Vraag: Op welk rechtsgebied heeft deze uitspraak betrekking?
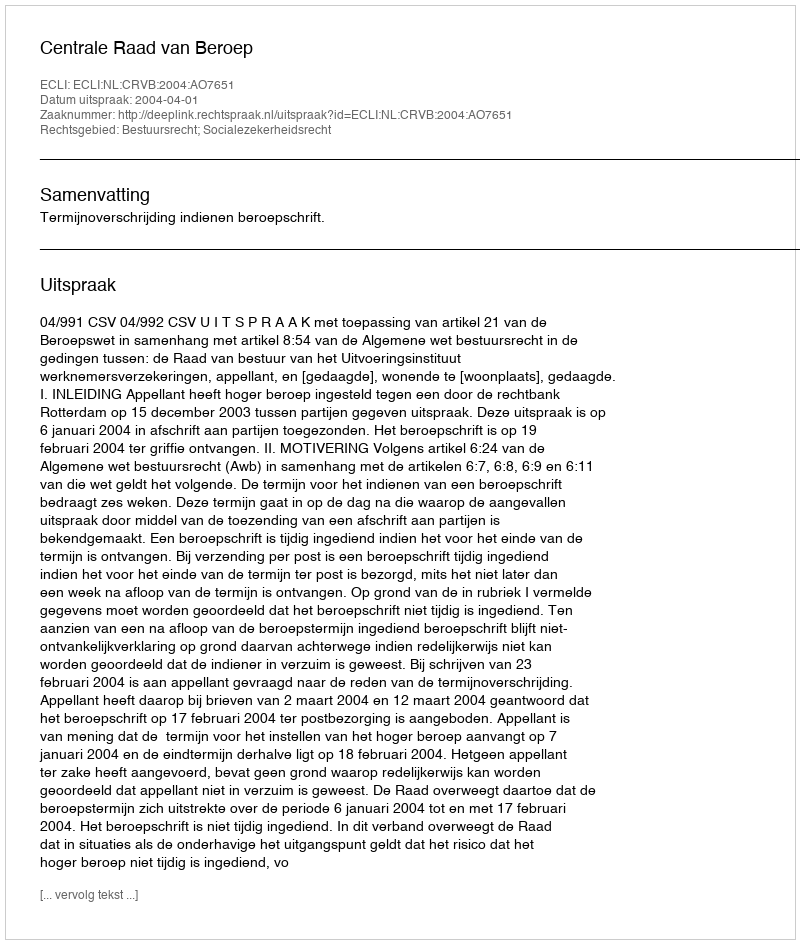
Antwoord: Bestuursrecht; Socialezekerheidsrecht